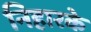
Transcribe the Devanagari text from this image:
निहारके